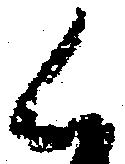
く